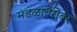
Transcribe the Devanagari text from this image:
मंडळांबरोबर